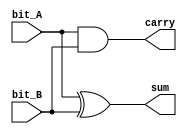
`timescale 1ns / 1ps

//////////////////////////////////////////////////////////////////////////////////
// ACS
// Computer Design 1
//  
// Module Name:  		half_adder_structural 
// Project Name:		Laborator 6
// Target Devices: 		Digilent Nexys 3
//////////////////////////////////////////////////////////////////////////////////

module half_adder_structural(
		output sum,
		output carry,
		input bit_A,
		input bit_B
    );
	 
	// TODO 1.1: Implementati un half-adder utiliznd descrierea la nivel structural	
	xor(sum, bit_A, bit_B);
	and(carry, bit_A, bit_B);
endmodule